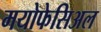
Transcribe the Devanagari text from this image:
मयोफेसिअल